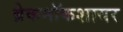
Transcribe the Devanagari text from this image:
ब्रेकनॉकशायर